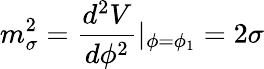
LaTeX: m_{\sigma}^{2}=\frac{d^{2}V}{d\phi^{2}}|_{\phi=\phi_{1}}=2\sigma